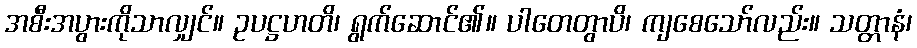
အစီးအပွားကိုသာလျှင်။ ဥပဋ္ဌဟတိ၊ ရွက်ဆောင်၏။ ပါတေတွာပိ၊ ကျစေသော်လည်း။ သတ္တာနံ၊